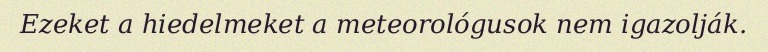
Ezeket a hiedelmeket a meteorológusok nem igazolják.